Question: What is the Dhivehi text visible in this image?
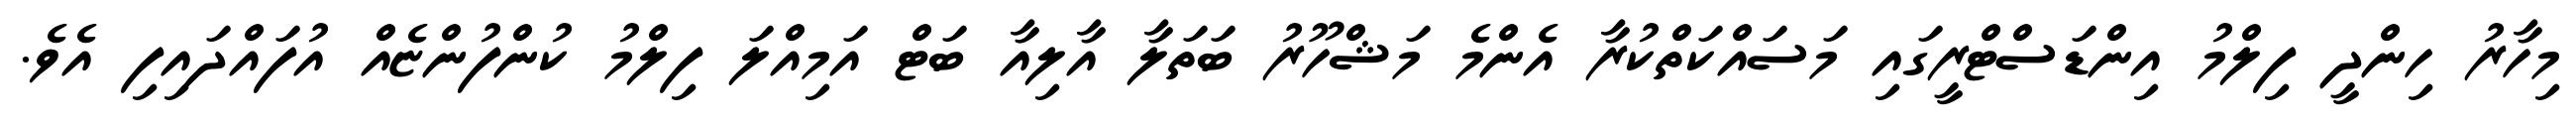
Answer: މިހާރު ހިންދީ ފިލްމު އިންޑަސްޓްރީގައި މަސައްކަތްކުރާ އެންމެ މަޝްހޫރު ބަތަލާ އާލިއާ ބަޓް އަމިއްލަ ފިލްމު ކުންފުންޏެއް އުފައްދައިފި އެވެ.